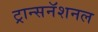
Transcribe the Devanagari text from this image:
ट्रान्सनॅशनल